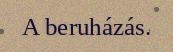
A beruházás.